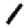
Digit: 1